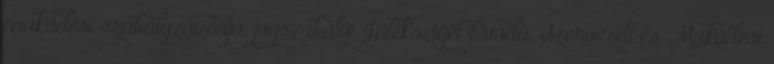
működési szabályzat célja, jogszabályi Játéksziget Óvoda. Szervezeti és Működési